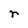
Character: r